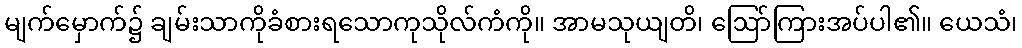
မျက်မှောက်၌ ချမ်းသာကိုခံစားရသောကုသိုလ်ကံကို။ အာမသုယျတိ၊ ဩော်ကြားအပ်ပါ၏။ ယေသံ၊